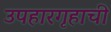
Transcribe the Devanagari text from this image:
उपहारगृहाची